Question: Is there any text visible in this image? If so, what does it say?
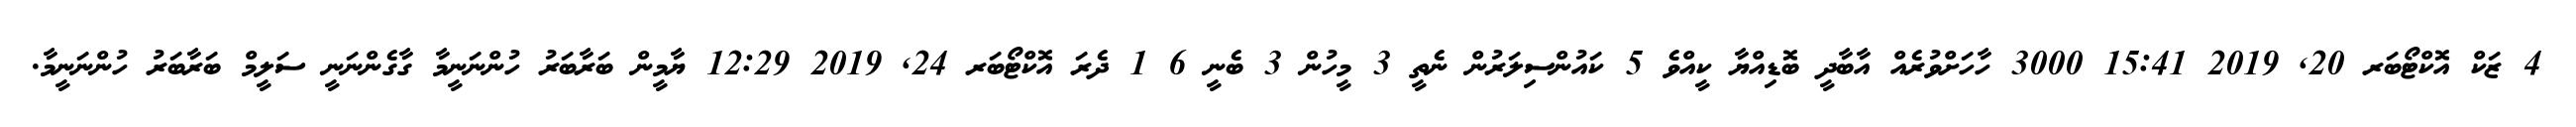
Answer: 4 ޒަކް އޮކްޓޯބަރ 20, 2019 15:41 3000 ހާހަށްވުރެއް އާބާދީ ބޮޑިއްޔާ ކީއްވެ 5 ކައުންސިލަރުން ނެތީ 3 މީހުން 3 ބެނީ 6 1 ދެރަ އޮކްޓޯބަރ 24, 2019 12:29 ޔާމީން ބަރާބަރު ހުންނަނީމާ ގާގެންނަނީ ސަލީމް ބަރާބަރު ހުންނަނީމާ.